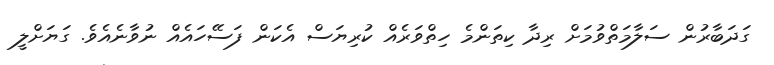
ގަދަބާރުން ސަލާމަތްވުމަށް ރިދާ ކިތަންމެ ހިތްވަރެއް ކުރިޔަސް އެކަން ފަސޭހައެއް ނުވާނެއެވެ. ގަޔަށްލީ